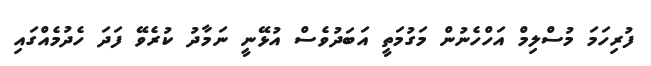
ފުރިހަމަ މުސްލިމް އަހްހެނުން މަގުމަތީ އަބަދުވެސް އުޅޭނީ ނަމާދު ކުރެވޭ ފަދަ ހެދުމެއްގައި